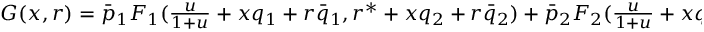
\begin{array} { r } { G ( x , r ) = \bar { p } _ { 1 } F _ { 1 } ( \frac { u } { 1 + u } + x q _ { 1 } + r \bar { q } _ { 1 } , r ^ { * } + x q _ { 2 } + r \bar { q } _ { 2 } ) + \bar { p } _ { 2 } F _ { 2 } ( \frac { u } { 1 + u } + x q _ { 1 } + r \bar { q } _ { 1 } , r ^ { * } + x q _ { 2 } + r \bar { q } _ { 2 } ) , } \end{array}